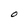
Character: O